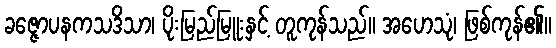
ခဇ္ဇောပနကသဒိသာ၊ ပိုးမြည်မြူးနှင့် တူကုန်သည်။ အဟေသုံ၊ ဖြစ်ကုန်၏။